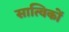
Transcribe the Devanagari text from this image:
सात्विकों